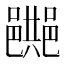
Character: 𨞔